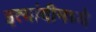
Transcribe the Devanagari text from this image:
इत्यांदीमध्ये